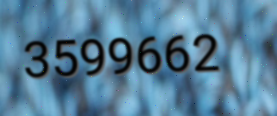
3599662